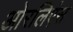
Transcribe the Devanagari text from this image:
ओरलिएंस